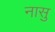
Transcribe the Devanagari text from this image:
नासु